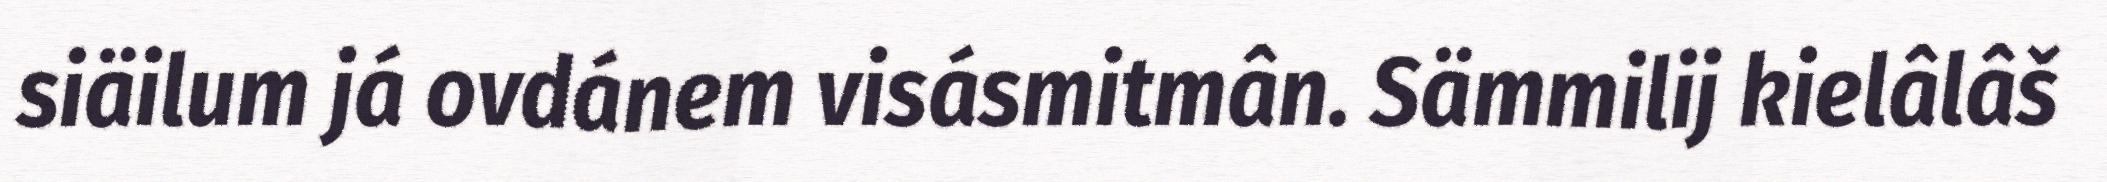
siäilum já ovdánem visásmitmân. Sämmilij kielâlâš